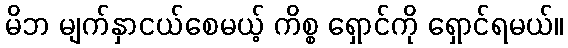
မိဘ မျက်နှာငယ်စေမယ့် ကိစ္စ ရှောင်ကို ရှောင်ရမယ်။